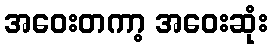
အဝေးတကာ့ အဝေးဆုံး